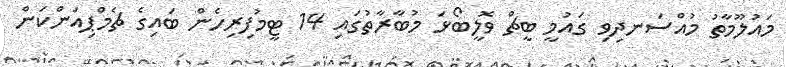
މައުލޫމާތު މުއްސަނދިވި ގައުމީ ބީޗް ވޮލީބޯޅަ މުބާރާތުގައި 14 ޓީމުފިރިހެން ބައިގެ ޗެމްޕިއަންކަން